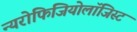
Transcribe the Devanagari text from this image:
न्यरोफिजियोलॉजिस्ट